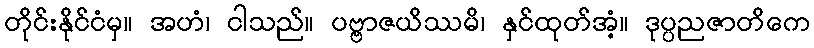
တိုင်းနိုင်ငံမှ။ အဟံ၊ ငါသည်။ ပဗ္ဗာဇယိဿမိ၊ နှင်ထုတ်အံ့။ ဒုပ္ပညဇာတိကေ